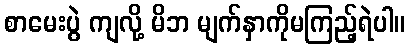
စာမေးပွဲ ကျလို့ မိဘ မျက်နှာကိုမကြည့်ရဲပါ။